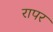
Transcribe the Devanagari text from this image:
रापर